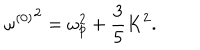
{ \omega ^ { ( 0 ) } } ^ { 2 } = \omega _ { p } ^ { 2 } + { \frac { 3 } { 5 } } K ^ { 2 } .